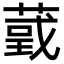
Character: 𦸴